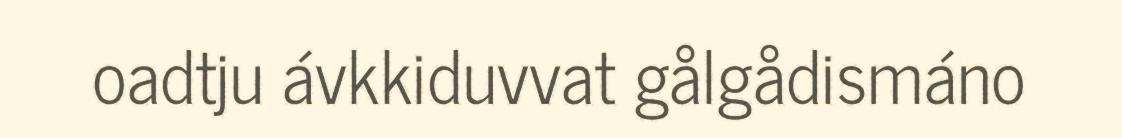
oadtju ávkkiduvvat gålgådismáno